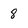
Character: 8